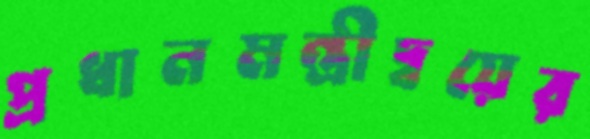
প্রধানমন্ত্রীদ্বয়ের